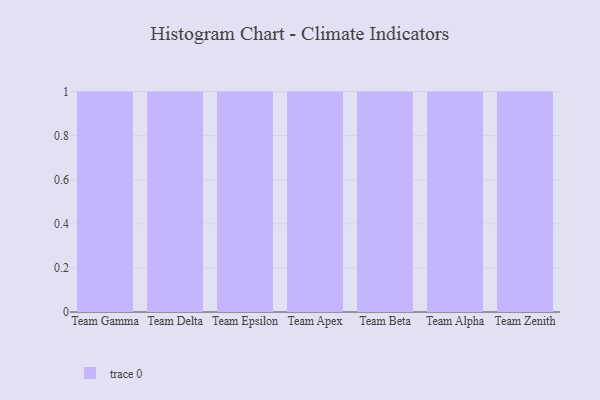
{"axis": {"x": "Team", "y": "Demand Index"}, "legend": [""], "data": [{"x": "Team Gamma", "y": 23, "type": ""}, {"x": "Team Delta", "y": 74, "type": ""}, {"x": "Team Epsilon", "y": 63, "type": ""}, {"x": "Team Apex", "y": 26, "type": ""}, {"x": "Team Beta", "y": 83, "type": ""}, {"x": "Team Alpha", "y": 4, "type": ""}, {"x": "Team Zenith", "y": 24, "type": ""}]}